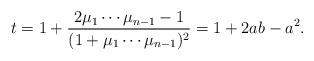
LaTeX: \begin{align*}t = 1 + \frac{2\mu_{1}\cdots\mu_{n-1} - 1}{(1 + \mu_{1}\cdots\mu_{n-1})^{2}} = 1 + 2ab - a^{2}.\end{align*}